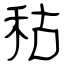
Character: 秙